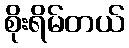
စိုးရိမ်တယ်